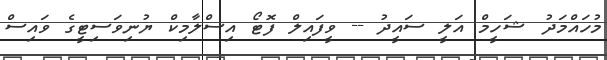
މުހައްމަދު ޝަހީމް އަލީ ސައީދު -- ވީފައިލް ފޮޓޯ އިސްލާމިކް ޔުނިވަސިޓީގެ ވައިސް